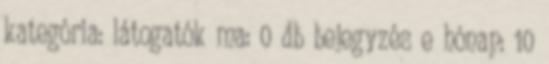
kategória: látogatók ma: 0 db bejegyzés e hónap: 10